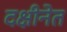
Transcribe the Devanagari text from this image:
दक्षीनेत